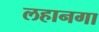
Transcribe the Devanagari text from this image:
लहानगा